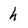
Character: h